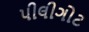
પીલીગોટ